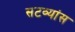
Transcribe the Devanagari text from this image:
सटव्यांस